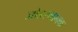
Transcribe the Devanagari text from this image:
जोडस्थानक